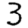
Digit: 3